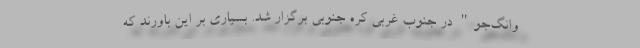
وانگ‌جو" در جنوب غربی کره جنوبی برگزار شد. بسیاری بر این باورند که